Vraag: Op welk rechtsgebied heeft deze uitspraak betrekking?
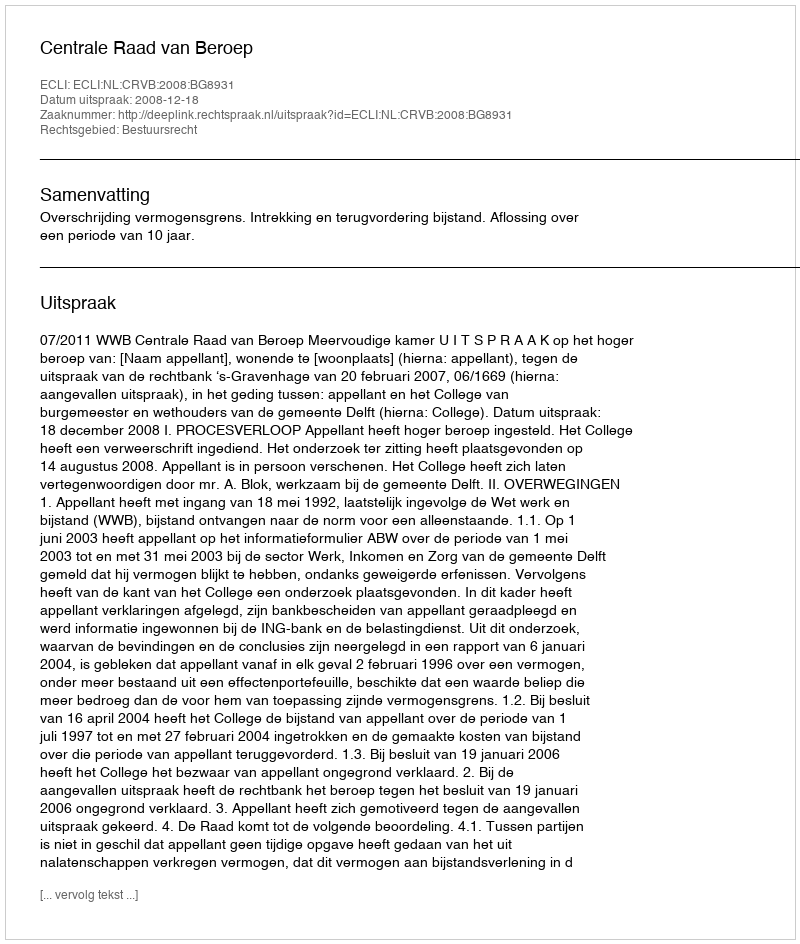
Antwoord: Bestuursrecht